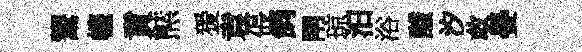
鬻幰賁㷱猨袁倀飼閈琼汨浴醵汐敢晏